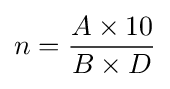
n={\frac {A\times 10}{B\times D}}